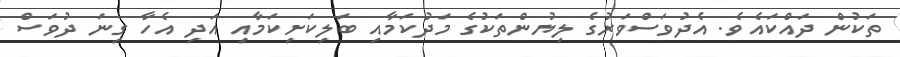
ތަކުން ދައްކައެވެ. އެދުވަސްވަރުގެ ލިޔުންތަކުގެ މަދުކަމާއި ބަލިކަށިކަމާއި އަދި އެހާ ގިނަ ދުވަސް